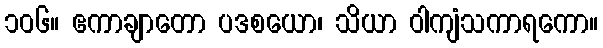
၁၀၆။ ဧကာချာတော ပဒစယော၊ သိယာ ဝါကျံသကာရကော။